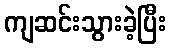
ကျဆင်းသွားခဲ့ပြီး